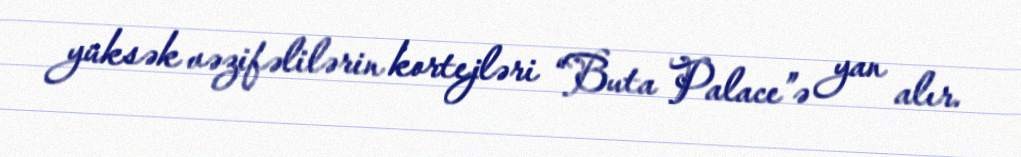
yüksək vəzifəlilərin kortejləri “Buta Palace”ə yan alır.